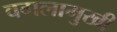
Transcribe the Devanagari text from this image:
वगलामुखी